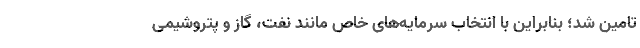
تامین شد؛ بنابراین با انتخاب سرمایه‌های خاص مانند نفت، گاز و پتروشیمی